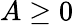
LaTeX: A\geq 0